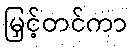
မြှင့်တင်ကာ